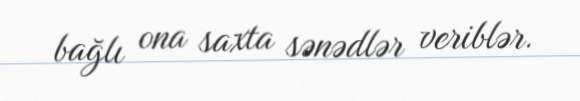
bağlı ona saxta sənədlər veriblər.